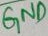
Text: GND